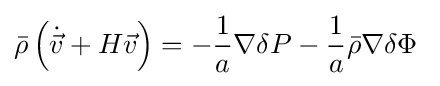
{\bar {\rho }}\left({\dot {\vec {v}}}+H{\vec {v}}\right)=-{\frac {1}{a}}\nabla \delta P-{\frac {1}{a}}{\bar {\rho }}\nabla \delta \Phi ~